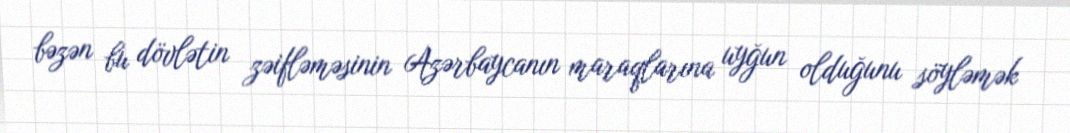
bəzən bu dövlətin zəifləməsinin Azərbaycanın maraqlarına uyğun olduğunu söyləmək